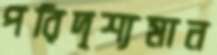
পরিদৃশ্যমান